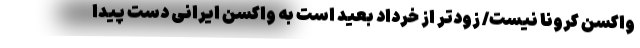
واکسن کرونا نیست/ زودتر از خرداد بعید است به واکسن ایرانی دست پیدا